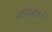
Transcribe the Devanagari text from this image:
मडक्यास